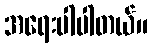
အရေးပါပါတယ်။